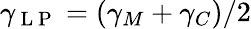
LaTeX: \gamma_{\mathrm{~L~P~}}=(\gamma_{M}+\gamma_{C})/2